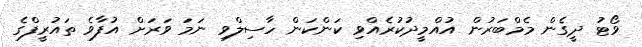
ވޯޓު ދީގެން މެމްބަރުން އުއްމީދުކުރެއްވި ކަންކަން ހާސިލްވި ނަމަ ވަރަށް އުފާވެ ތައުރީފްގެ